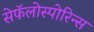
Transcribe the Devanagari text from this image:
सेफॅलोस्पोरिन्स